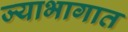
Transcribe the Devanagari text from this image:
ज्याभागात